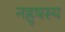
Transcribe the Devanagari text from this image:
नहुषस्य